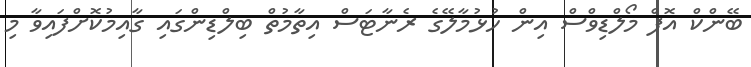
ބޭންކް އޮފް މޯލްޑިވްސް އިން ހުޅުމާލޭގެ ރެނާޓަސް އިތާމުތް ބިލްޑިންގައި ގާއިމުކޮށްފައިވާ މި